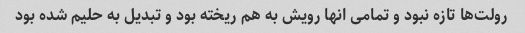
رولت‌ها تازه نبود و تمامی انها رویش به هم ریخته بود و تبدیل به حلیم شده بود